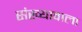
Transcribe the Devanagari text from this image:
संख्यावाला